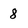
Character: 8